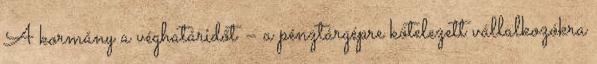
A kormány a véghatáridőt – a pénztárgépre kötelezett vállalkozókra